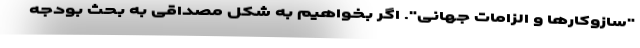
"سازوکارها و الزامات جهانی". اگر بخواهیم به شکل مصداقی به بحث بودجه